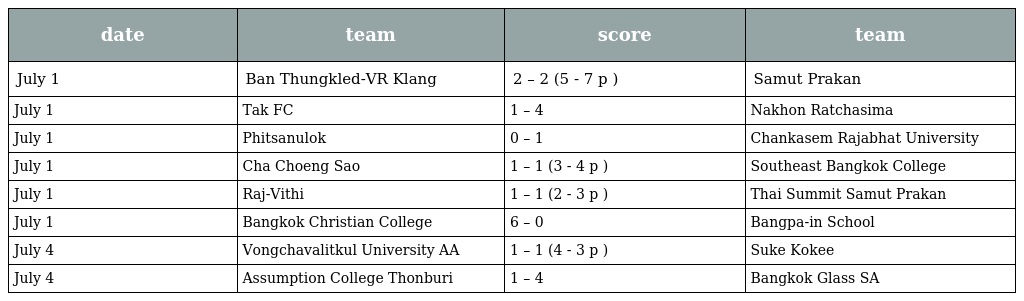
| date | team | score | team |
 | --- | --- | --- | --- |
 | July 1 | Ban Thungkled-VR Klang | 2 – 2 (5 - 7 p ) | Samut Prakan |
 | July 1 | Tak FC | 1 – 4 | Nakhon Ratchasima |
 | July 1 | Phitsanulok | 0 – 1 | Chankasem Rajabhat University |
 | July 1 | Cha Choeng Sao | 1 – 1 (3 - 4 p ) | Southeast Bangkok College |
 | July 1 | Raj-Vithi | 1 – 1 (2 - 3 p ) | Thai Summit Samut Prakan |
 | July 1 | Bangkok Christian College | 6 – 0 | Bangpa-in School |
 | July 4 | Vongchavalitkul University AA | 1 – 1 (4 - 3 p ) | Suke Kokee |
 | July 4 | Assumption College Thonburi | 1 – 4 | Bangkok Glass SA |